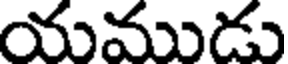
యముడు